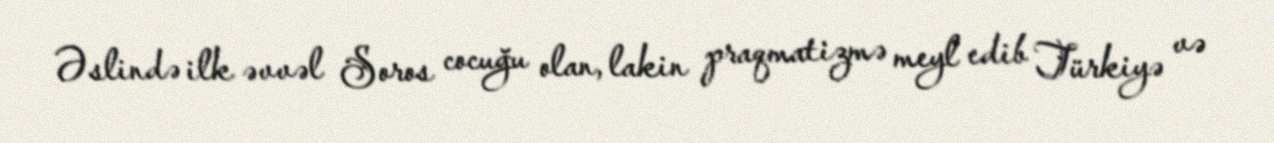
Əslində ilk əvvəl Soros cocuğu olan, lakin praqmatizmə meyl edib Türkiyə və